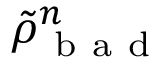
\tilde { \rho } _ { \mathrm { ~ b ~ a ~ d ~ } } ^ { n }